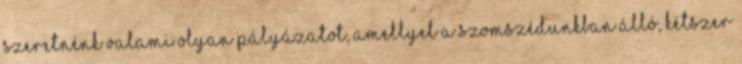
szeretnénk valami olyan pályázatot, amellyel a szomszédunkban álló, kétszer